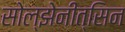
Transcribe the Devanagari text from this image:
सोल्झेनीत्सिन